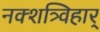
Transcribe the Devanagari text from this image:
नक्शत्र्विहार्